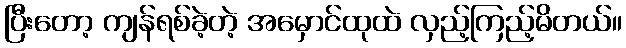
ပြီးတော့ ကျန်ရစ်ခဲ့တဲ့ အမှောင်ထုထဲ လှည့်ကြည့်မိတယ်။